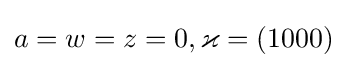
a=w=z=0,\varkappa =(1000)